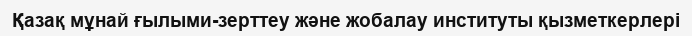
Қазақ мұнай ғылыми-зерттеу және жобалау институты қызметкерлері